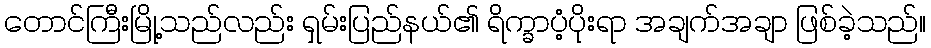
တောင်ကြီးမြို့သည်လည်း ရှမ်းပြည်နယ်၏ ရိက္ခာပံ့ပိုးရာ အချက်အချာ ဖြစ်ခဲ့သည်။